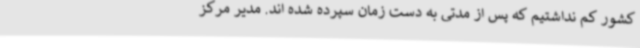
کشور کم نداشتیم که پس از مدتی به دست زمان سپرده شده اند. مدیر مرکز